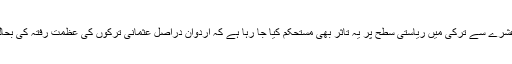
پچھلے ایک عشرے سے ترکی میں ریاستی سطح پر یہ تاثر بھی مستحکم کیا جا رہا ہے کہ اردوان دراصل عثمانی ترکوں کی عظمت رفتہ کی بحالی چاہتے ہیں۔